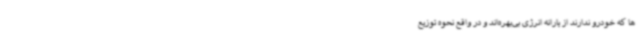
ها که خودرو ندارند از یارانه انرژی بی‌بهره‌اند و در واقع نحوه توزیع